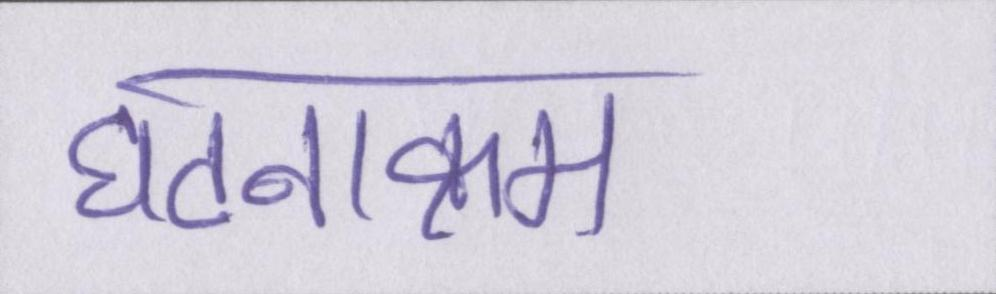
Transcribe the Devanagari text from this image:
घटनाक्रम